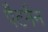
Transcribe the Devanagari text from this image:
पैटमैन